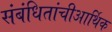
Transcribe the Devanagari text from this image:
संबंधितांचीआर्थिक